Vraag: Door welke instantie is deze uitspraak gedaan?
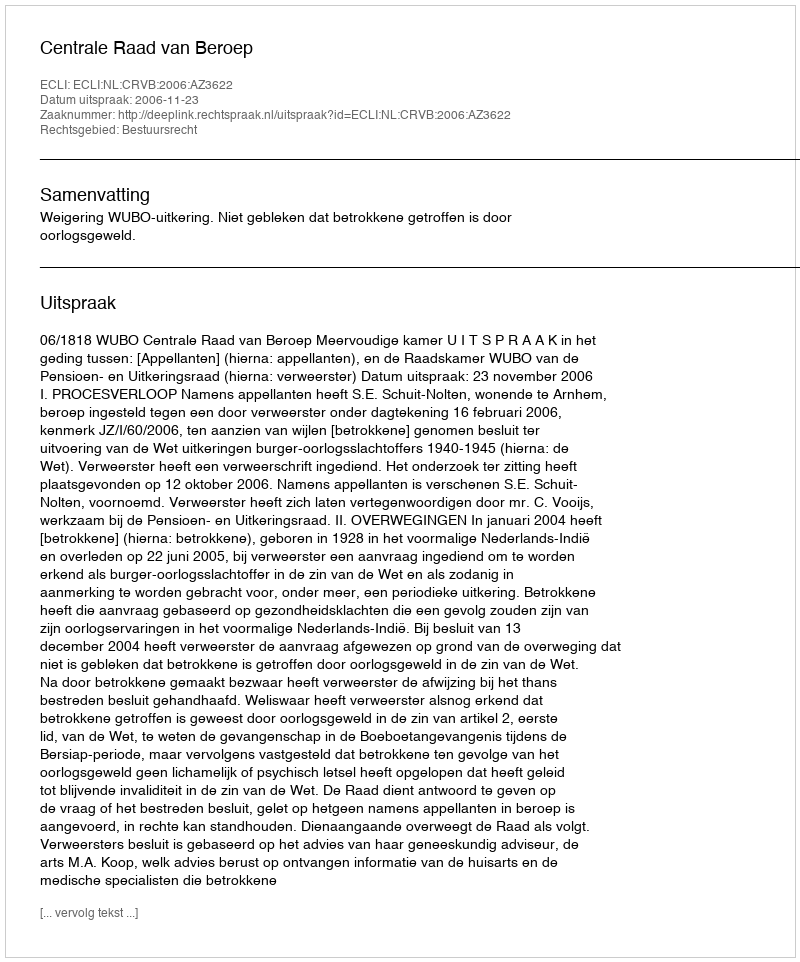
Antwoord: Centrale Raad van Beroep